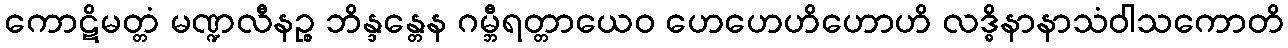
ကောဋိမတ္တံ မဏ္ဍလီနဉ္စ ဘိန္ဒန္တေန ဂမ္ဘီရတ္တာယေဝ ဟေဟေဟိဟောဟိ လဒ္ဓိနာနာသံဝါသကောတိ